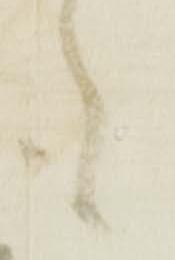
も